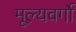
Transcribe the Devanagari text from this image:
मूल्यवर्गो